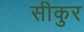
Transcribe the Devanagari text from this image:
सीकुर